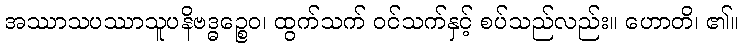
အဿာသပဿာသူပနိဗဒ္ဓဉ္စေဝ၊ ထွက်သက် ဝင်သက်နှင့် စပ်သည်လည်း။ ဟောတိ၊ ၏။